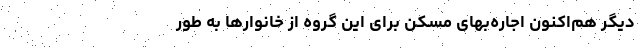
دیگر هم‌‌اکنون اجاره‌‌بهای مسکن برای این گروه از خانوارها به طور